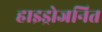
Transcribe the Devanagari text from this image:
हाइड्रोजनित